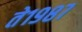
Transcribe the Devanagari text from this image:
ते१९८७